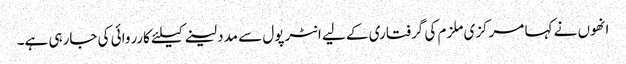
انھوں نے کہا مرکزی ملزم کی گرفتاری کے لیے انٹرپول سے مدد لینے کیلئے کارروائی کی جارہی ہے۔